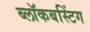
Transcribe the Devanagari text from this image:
ब्लॉकबस्टिंग